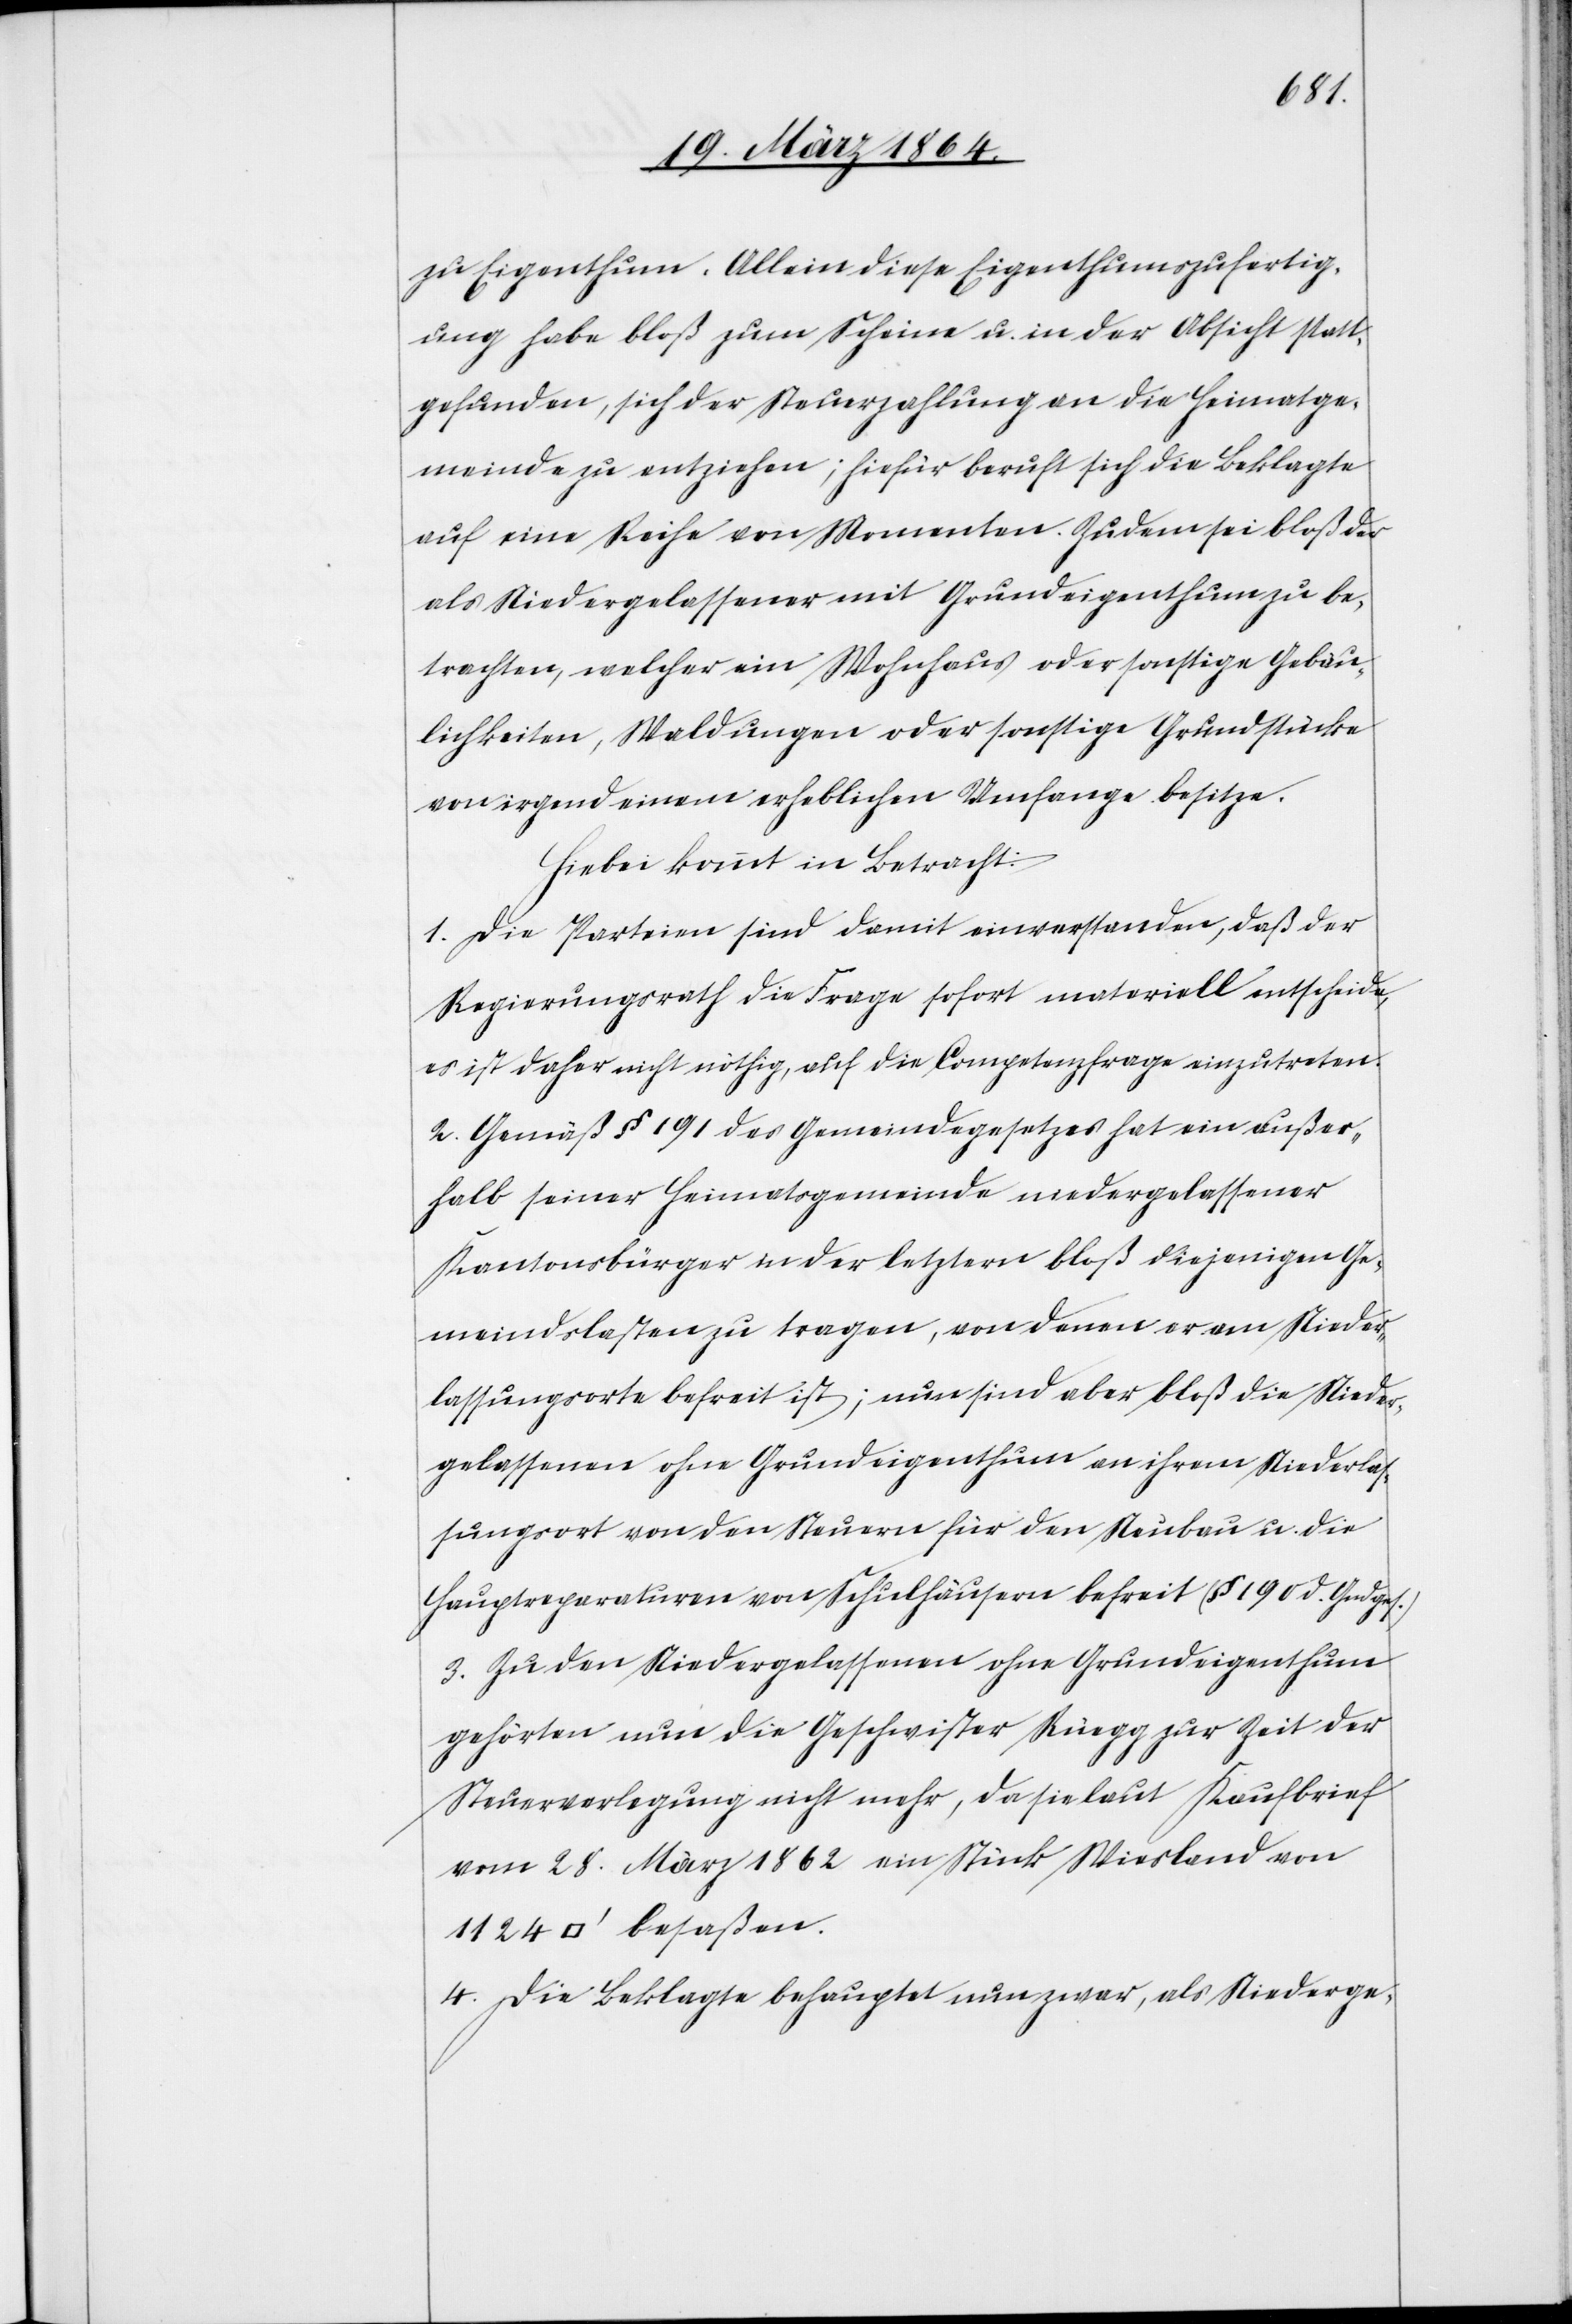
[Quadr¬
zu Eigenthum. Allein diese Eigenthumszufertig¬
ung habe bloß zum Scheine u. in der Absicht statt¬
gefunden, sich der Steuerzahlung an die Heimatge¬
meinde zu entziehen; hiefür beruft sich die Beklagte
auf eine Reihe von Momenten. Zudem sei bloß der
als Niedergelassener mit Grundeigenthum zu be¬
trachten, welcher ein Wohnhaus der sonstige Gebäu¬
lichkeiten, Waldungen oder sonstige Grundstücke
von irgend einem erheblichen Umfange besitze.
Hiebei kommt in Betracht:
1. Die Parteien sind damit einverstanden, daß der
Regierungsrath die Frage sofort materiell entscheide,
es ist daher nicht nöthig, auf die Competenzfrage einzutreten.
2. Gemäß § 191 des Gemeindegesetzes hat ein außer¬
halb seiner Heimatsgemeinde niedergelassener
Kantonsbürger in der letztern bloß diejenigen Ge¬
meindslasten zu tragen, von denen er am Nieder¬
lassungsorte befreit ist; nun sind aber bloß die Nieder¬
gelassenen ohne Grundeigenthum an ihrem Niederlas¬
sungsort von den Steuern für den Neubau u. die
Hauptreparaturen von Schulhäusern befreit (§ 190 d. Gmdges.)
3. Zu den Niedergelassenen ohne Grundeigenthum
gehörten nun die Geschwister Rüegg zur Zeit der
Steuerverlegung nicht mehr, da sie laut Kaufbrief
vom 28. März 1862 ein Stück Wiesland von
atfuss] besaßen.
4. Die Beklagte behauptet nun zwar, als Niederge-